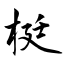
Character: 梃